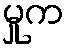
မှုက